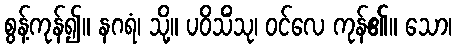
စွန့်ကုန်၍။ နဂရံ၊ သို့။ ပဝိသိံသု၊ ဝင်လေ ကုန်၏။ သော၊